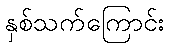
နှစ်သက်ကြောင်း